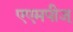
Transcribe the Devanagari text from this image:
एएमपीज्